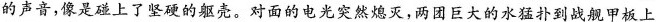
的声音，像是碰上了坚硬的躯壳。对面的电光突然熄灭，两团巨大的水猛扑到战舰甲板上